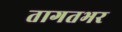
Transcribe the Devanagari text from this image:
तागतभर